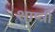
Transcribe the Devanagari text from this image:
शाष्त्री